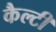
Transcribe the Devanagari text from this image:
कैल्टी